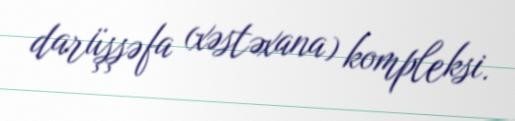
darüşşəfa (xəstəxana) kompleksi.